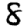
Digit: 8